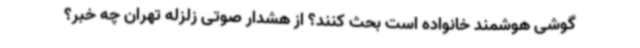
گوشی هوشمند خانواده است بحث کنند؟ از هشدار صوتی زلزله تهران چه خبر؟